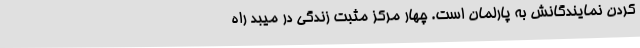
کردن نمایندگانش به پارلمان است. چهار مرکز مثبت زندگی در میبد راه‌